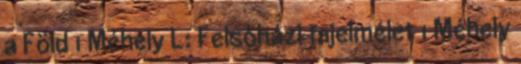
a Föld 1 Méhely L: Felsőházi fajelmélet 1 Méhely